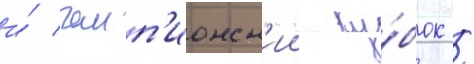
и́ чемп'ионск'ии ку́бок /